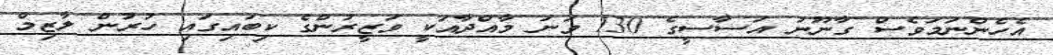
އެހެންނަމަވެސް ގާނޫނު އަސާސީގެ 130 ވަނަ މާއްދާއަކީ ވަޒީރުންގެ ކިބައިގައި ހުރުން ލާޒިމް